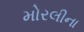
મોરલીના